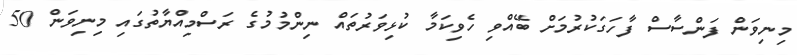
މިނިވަން ފަންސާސް ފާހަގަކުރުމަށް ބޭއްވި ހެވިކަމާ ކުޅިވަރުތައް ނިންމުމުގެ ރަސްމިއްޔާތުގައި މިނިވަން 50